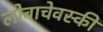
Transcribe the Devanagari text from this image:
लोबाचेवस्की